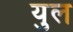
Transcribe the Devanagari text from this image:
युल